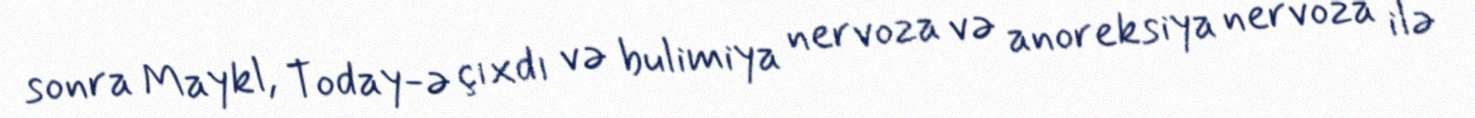
sonra Maykl, Today-ə çıxdı və bulimiya nervoza və anoreksiya nervoza ilə